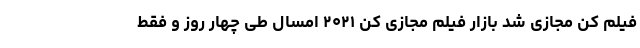
فیلم کن مجازی شد بازار فیلم مجازی کن ۲۰۲۱ امسال طی چهار روز و فقط